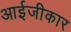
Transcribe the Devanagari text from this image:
आईजीकार